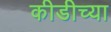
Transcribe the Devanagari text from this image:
कीडीच्या